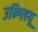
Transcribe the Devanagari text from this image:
उन्ग्लियू